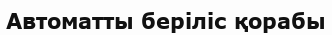
Автоматты беріліс қорабы